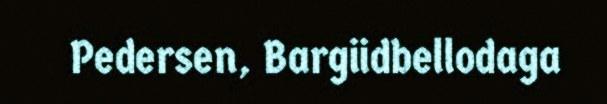
Pedersen, Bargiidbellodaga